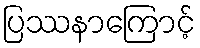
ပြဿနာကြောင့်